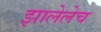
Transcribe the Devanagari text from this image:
झालेलेच